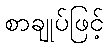
စာချုပ်ဖြင့်